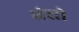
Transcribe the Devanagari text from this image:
भ्रंशो